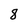
Character: 8